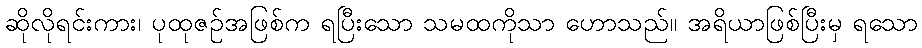
ဆိုလိုရင်းကား၊ ပုထုဇဉ်အဖြစ်က ရပြီးသော သမထကိုသာ ဟောသည်။ အရိယာဖြစ်ပြီးမှ ရသော